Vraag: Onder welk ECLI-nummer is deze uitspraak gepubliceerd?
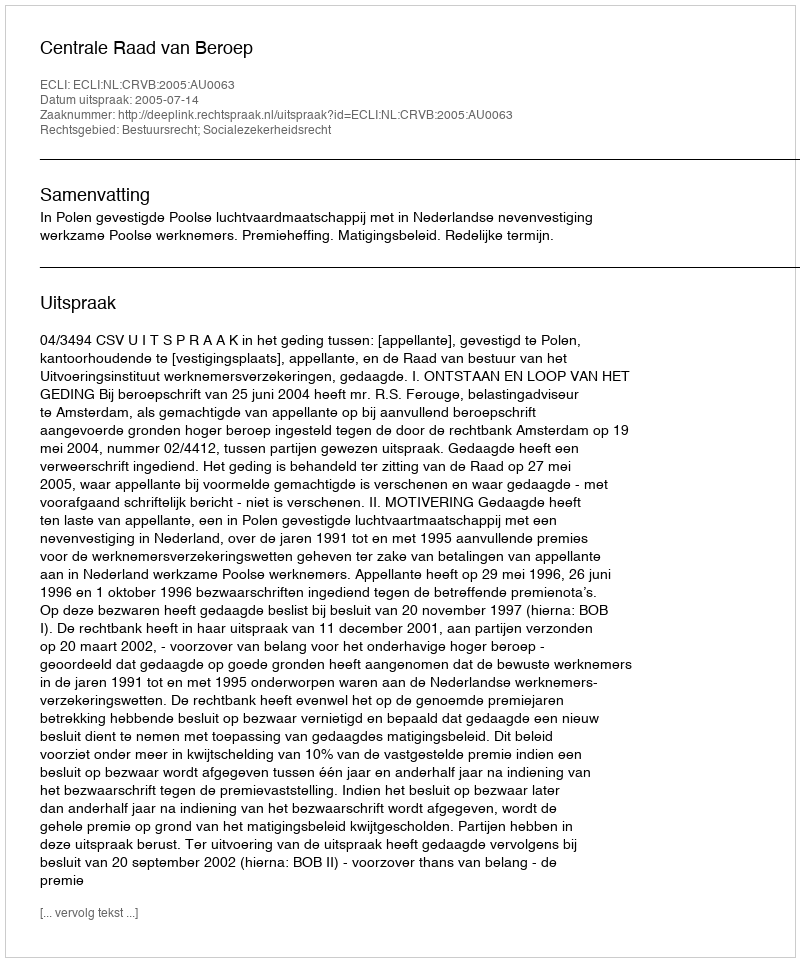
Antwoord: ECLI:NL:CRVB:2005:AU0063